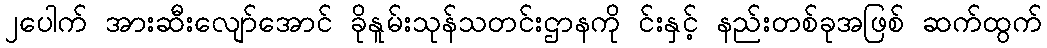
၂ပေါက် အားဆီးလျော်အောင် ခိုနူမ်းသုန်သတင်းဌာနကို င်းနှင့် နည်းတစ်ခုအဖြစ် ဆက်ထွက်